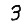
Digit: 3